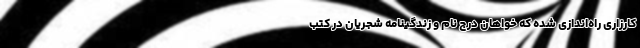
کارزاری راه‌اندازی شده که خواهان درج نام و زندگینامه شجریان در کتب